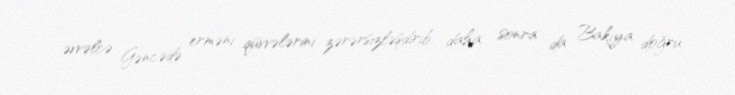
əvvəlcə Gəncədə erməni qüvvələrini zərərsizləşdirib, daha sonra da Bakıya doğru